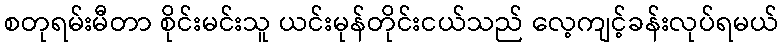
စတုရမ်းမီတာ စိုင်းမင်းသူ ယင်းမုန်တိုင်းငယ်သည် လေ့ကျင့်ခန်းလုပ်ရမယ်